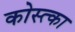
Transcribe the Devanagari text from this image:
कोस्त्का